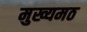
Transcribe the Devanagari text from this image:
मुख्यमठ